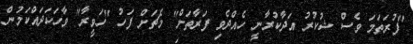
"ފުރަތަމަ ވެސް ޝުކުރު އަދާކުރާނީ ހެއްދެވި ފަރާތަށް" މެޗަށް ފަހު "ހަވީރާ" ވާހަކަދައްކަމުން